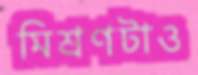
মিশ্রণটাও